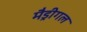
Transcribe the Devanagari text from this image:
मैड्रीगल